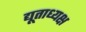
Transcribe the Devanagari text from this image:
द्यूताध्यक्ष